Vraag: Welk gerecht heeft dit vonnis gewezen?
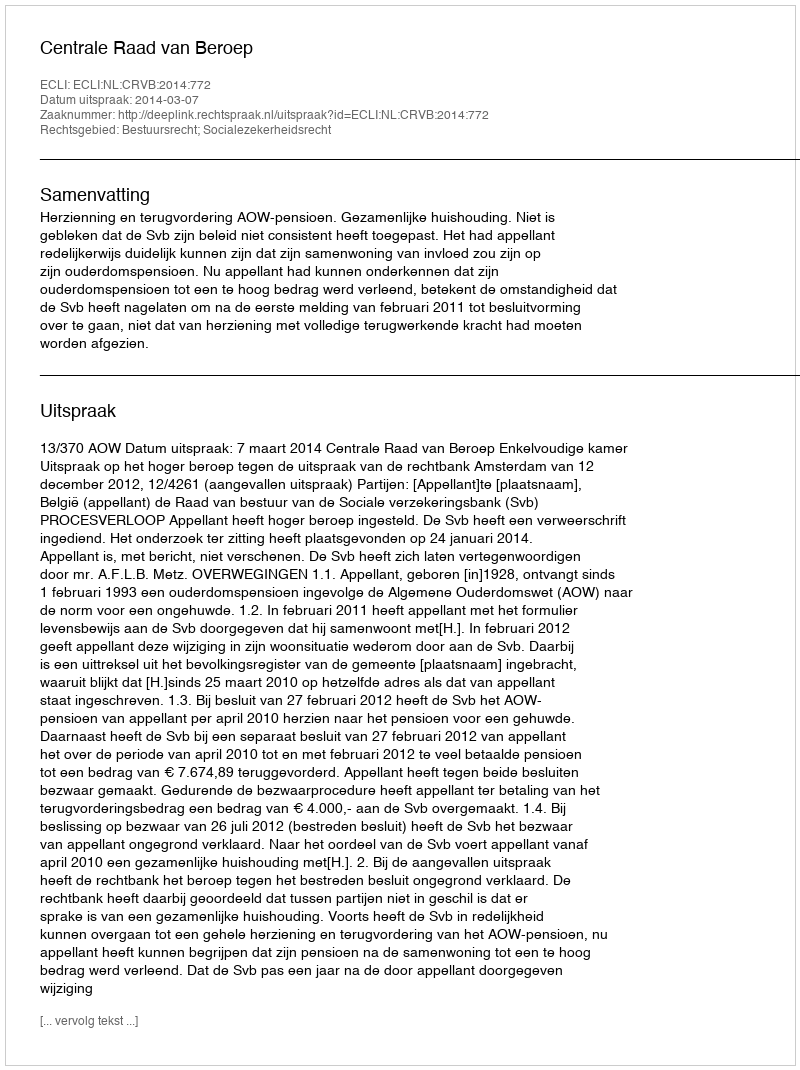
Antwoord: Centrale Raad van Beroep